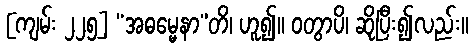
[ကျမ်း ၂၂၅] “အဓမ္မေနာ”တိ၊ ဟူ၍။ ဝတွာပိ၊ ဆိုပြီး၍လည်း။